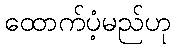
ထောက်ပံ့မည်ဟု